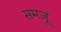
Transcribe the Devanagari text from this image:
समजूं